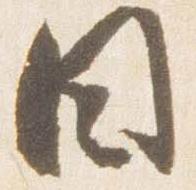
目